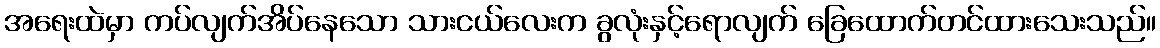
အရေးထဲမှာ ကပ်လျက်အိပ်နေသော သားငယ်လေးက ခွလုံးနှင့်ရောလျက် ခြေထောက်တင်ထားသေးသည်။